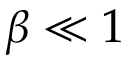
\beta \ll 1